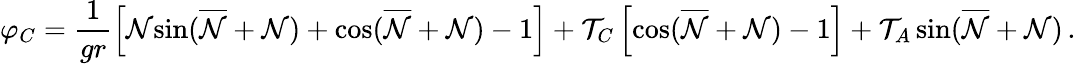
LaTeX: \varphi_{C}=\frac{1}{gr}\left[{\cal{N}}{\sin}(\overline{{{\cal{N}}}}+{\cal{N}})+{\cos}(\overline{{{\cal{N}}}}+{\cal{N}})-1\right]+{\cal T}_{C}\left[{\cos}(\overline{{{\cal{N}}}}+{\cal{N}})-1\right]+{\cal T}_{A}\, {\sin}(\overline{{{\cal{N}}}}+{\cal{N}})\, .